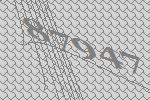
87947